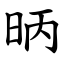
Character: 昞